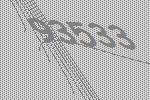
93533